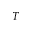
T